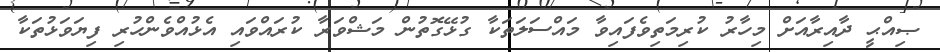
ޞިއްޙީ ދާއިރާއަށް މިހާރު ކުރިމަތިވެފައިވާ މައްސަލަތަކާ ގުޅޭގޮތުން މަޝްވަރާ ކުރައްވައި އެޅުއްވެންހުރި ފިޔަވަޅުތަކާ